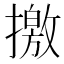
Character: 撽